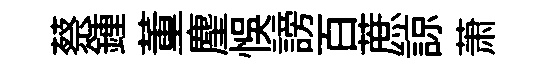
蔡鍾董麈悞謗百蔗諒萧